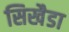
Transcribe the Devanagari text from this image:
सिखैडा